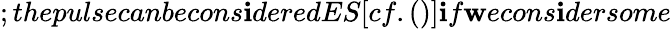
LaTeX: ;thepulsecanbecons\mathbf{i}deredES[cf.()]\mathbf{i}f\mathbf{w}econs\mathbf{i}dersome